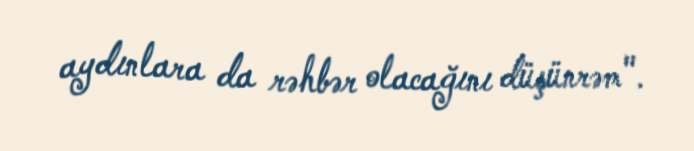
aydınlara da rəhbər olacağını düşünrəm".